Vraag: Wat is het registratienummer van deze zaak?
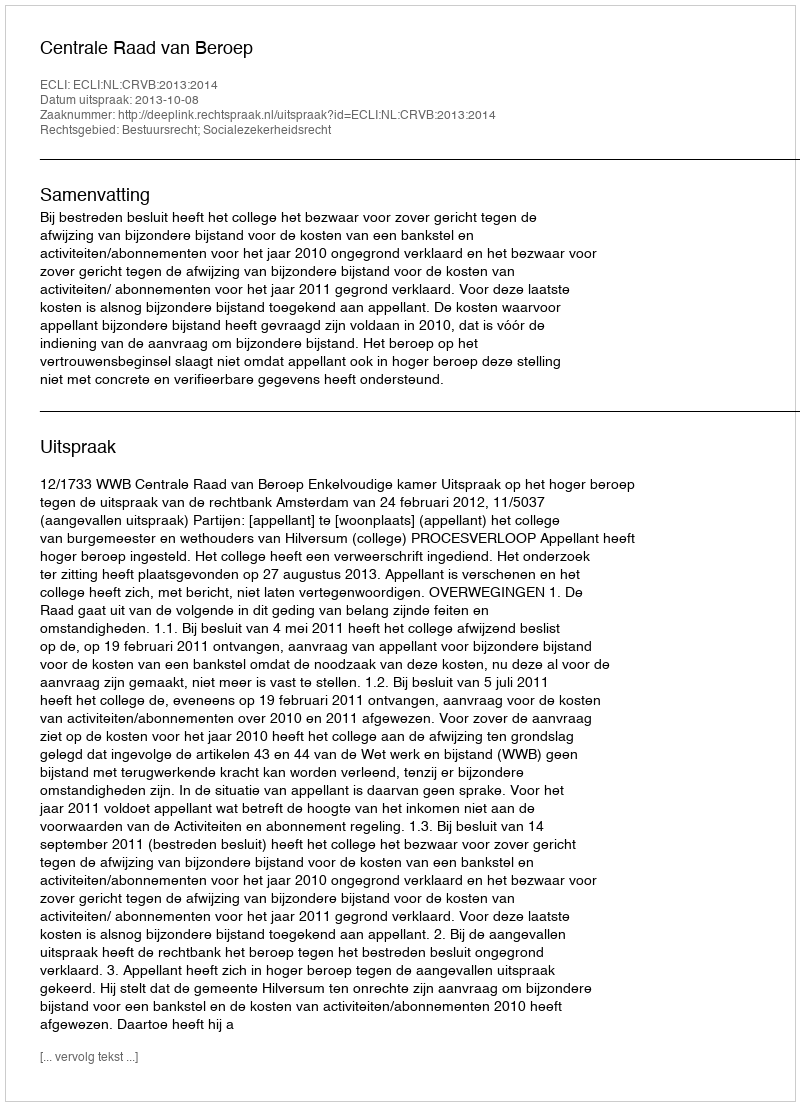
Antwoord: http://deeplink.rechtspraak.nl/uitspraak?id=ECLI:NL:CRVB:2013:2014